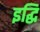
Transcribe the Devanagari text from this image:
इद्धि